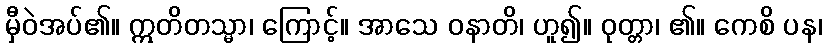
မှီဝဲအပ်၏။ ဣတိတသ္မာ၊ ကြောင့်။ အာသေ ဝနာတိ၊ ဟူ၍။ ဝုတ္တာ၊ ၏။ ကေစိ ပန၊